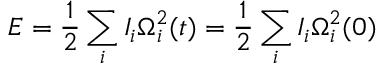
E = \frac 1 2 \sum _ { i } I _ { i } \Omega _ { i } ^ { 2 } ( t ) = \frac 1 2 \sum _ { i } I _ { i } \Omega _ { i } ^ { 2 } ( 0 )